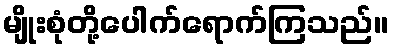
မျိုးစုံတို့ပေါက်ရောက်ကြသည်။